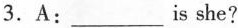
3. A: ___is she?